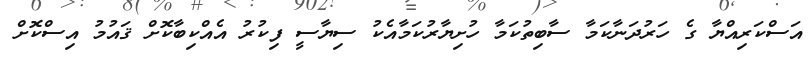
އަސްކަރިއްޔާ ގެ ހަރުދަނާކަމާ ސާބިތުކަމާ ހުށިޔާރުކަމާއެކު ސިޔާސީ ފިކުރު އެއްކިބާކޮށް ޤައުމު އިސްކޮށް